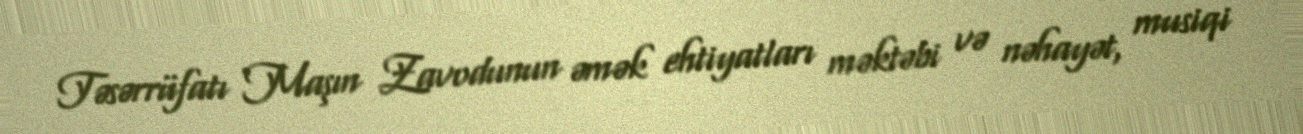
Təsərrüfatı Maşın Zavodunun əmək ehtiyatları məktəbi və nəhayət, musiqi